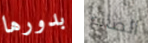
بدورها الضائع